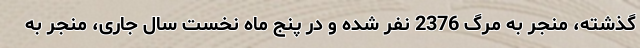
گذشته، منجر به مرگ 2376 نفر شده و در پنج ماه نخست سال جاری، منجر به